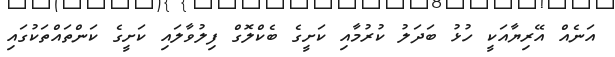
އަނެއް އޭރިޔާއަކީ ހުޅު ބަދަލު ކުރުމާއި ކަށީގެ ބެކްލޮގް ފިލުވާލައި ކަށީގެ ކަންތައްތަކުގައި